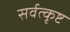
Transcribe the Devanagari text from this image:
सर्वत्कृष्ट